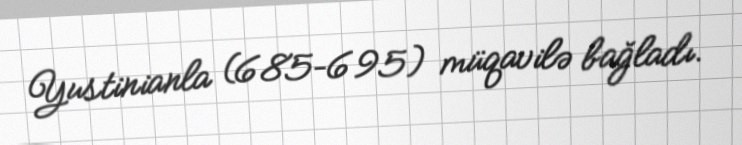
Yustinianla (685–695) müqavilə bağladı.